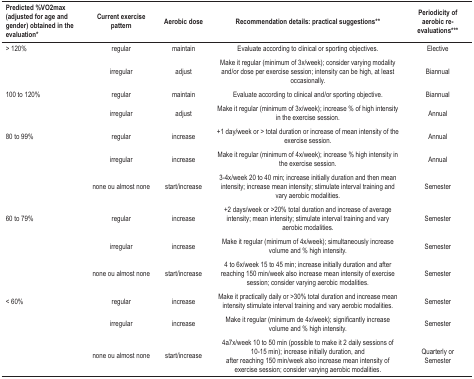
<table><thead><tr><td><b>Predicted %VO2max (adjusted for age and gender)obtained in the evaluation*</b></td><td><b>Current exercise pattern</b></td><td><b>Aerobic dose</b></td><td><b>Recommendation details: practical suggestions**</b></td><td><b>Periodicity ofaerobic re-evaluations***</b></td></tr></thead><tbody><tr><td>&gt; 120%</td><td>regular</td><td>maintain</td><td>Evaluate according to clinical or sportingobjectives.</td><td>Elective</td></tr><tr><td> </td><td>irregular</td><td>adjust</td><td>Make it regular (minimum of 3x/week); considervarying modality and/or dose per exercise session; intensity can behigh, at least occasionally.</td><td>Biannual</td></tr><tr><td>100 to 120%</td><td>regular</td><td>maintain</td><td>Evaluate according to clinical and/or sportingobjective.</td><td>Biannual</td></tr><tr><td> </td><td>irregular</td><td>adjust</td><td>Make it regular (minimum of 3x/week); increase % ofhigh intensity in the exercise session.</td><td>Annual</td></tr><tr><td>80 to 99%</td><td>regular</td><td>increase</td><td>+1 day/week or &gt; total duration or increase ofmean intensity of the exercise session.</td><td>Annual</td></tr><tr><td> </td><td>irregular</td><td>increase</td><td>Make it regular (minimum of 4x/week); increase % highintensity in the exercise session.</td><td>Annual</td></tr><tr><td> </td><td>none ou almost none</td><td>start/increase</td><td>3-4x/week 20 to 40 min; increase initially durationand then mean intensity; increase mean intensity; stimulate intervaltraining and vary aerobic modalities.</td><td>Semester</td></tr><tr><td>60 to 79%</td><td>regular</td><td>increase</td><td>+2 days/week or &gt;20% total duration and increaseof average intensity; mean intensity; stimulate interval trainingand vary aerobic modalities.</td><td>Semester</td></tr><tr><td> </td><td>irregular</td><td>increase</td><td>Make it regular (minimum of 4x/week); simultaneouslyincrease volume and % high intensity.</td><td>Semester</td></tr><tr><td> </td><td>none ou almost none</td><td>start/increase</td><td>4 to 6x/week 15 to 45 min; increase initiallyduration and after reaching 150 min/week also increase meanintensity of exercise session; consider varying aerobicmodalities.</td><td>Semester</td></tr><tr><td>&lt; 60%</td><td>regular</td><td>increase</td><td>Make it practically daily or &gt;30% total durationand increase mean intensity stimulate interval training and varyaerobic modalities.</td><td>Semester</td></tr><tr><td> </td><td>irregular</td><td>increase</td><td>Make it regular (minimum de 4x/week); significantlyincrease volume and % high intensity.</td><td>Semester</td></tr><tr><td> </td><td>none ou almost none</td><td>start/increase</td><td>4a7x/week 10 to 50 min (possible to make it 2 dailysessions of 10-15 min); increase initially duration, and afterreaching 150 min/week also increase mean intensity of exercisesession; consider varying aerobic modalities.</td><td>Quarterly or Semester</td></tr></tbody></table>